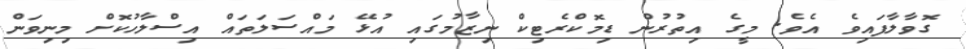
ގޮވާލާފައިވެ އެވެ. މީގެ އިތުރުން ޑިމޮކްރެޓިކް ނިޒާމުގައި އުޅޭ މައްސަލަތައް އިސްލާހުކޮށް މިނިވަން